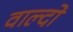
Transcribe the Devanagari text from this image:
वाल्दो